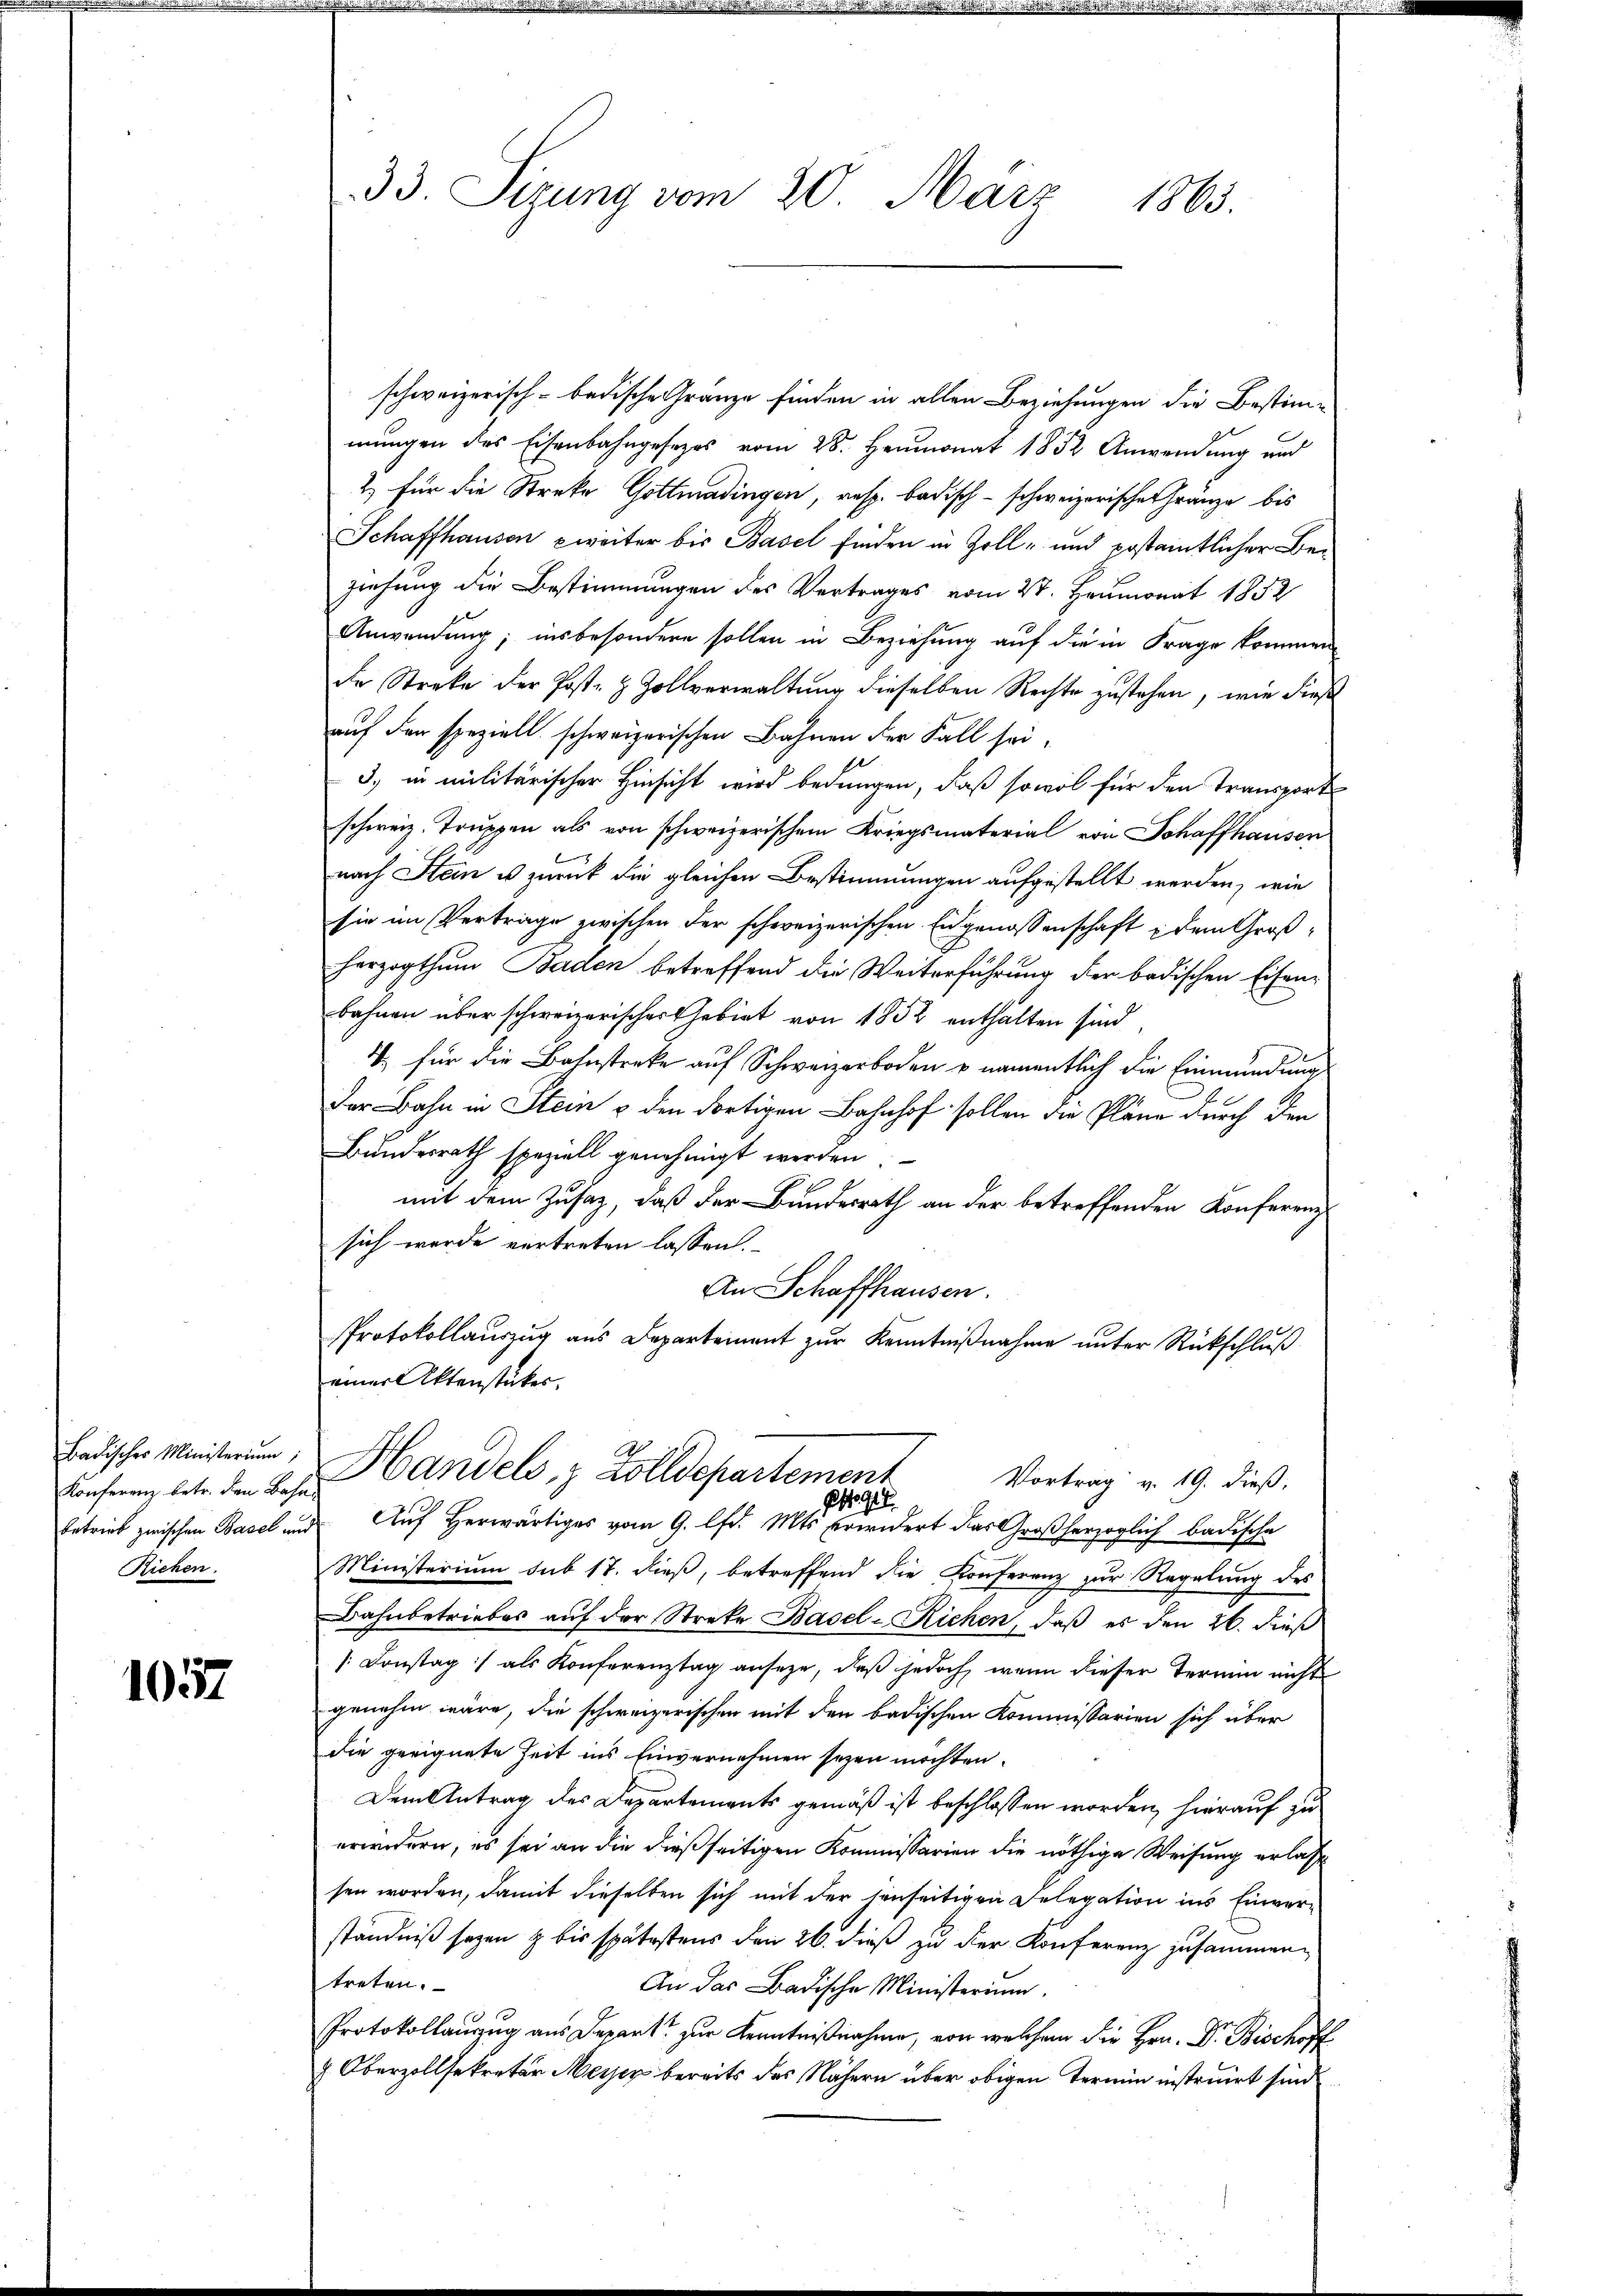
Konferenz betr. den Bahn
Riehen.

1057

33. Sizung vom 20. März 1863.

schweizerisch-badische Gränze finden in allen Beziehungen die Bestimmungen des Eisenbahngesezes vom 28. Heumonat 1852 Anwendung und
2. für die Streke Gottmadingen, resp. badisch-schweizerische Fränze bis
Schaffhausen zweiter bis Basel finden in Zoll- und postamtlicher Beziehung die Bestimmungen des Vertrages vom 2t. Heumonat 1852
Anwendung; insbesondere sollen in Beziehung auf die in Frage kommen
de Streke der Post- & Zollverwaltung dieselben Rechte zustehen, wie dieß
auf den speziell. schweizerischen Bahnen der Fall sei¬
3.) in militärischer Hinsicht wird bedungen, daß so wol für den Transport
schweiz. Truppen als von schweizerischem Kriegsmaterial von Schaffhausen
nach Stein u zurück die gleichen Bestimmungen aufgestellt werden, wie
sie im Verträge zwischen der schweizerischen Eidgenossenschaft dem Großherzogthum Baden betreffend die Weiterführung der badischen Eisen-
bahnen über schweizerischer Gebiet von 1852 enthalten sind,
4, für die Bahnstreke auf Schweizerboden u namentlich die Einmündung
e
7
Der Bahn in Stein & den dortigen Bahnhof sollen die Pläne durch den
Bundesrath speziell genehmigt werden.
mit dem Zusaz, daß der Bundesrath an der betreffenden Konferenzsich wurde vertreten lassen.
An Schaffhausen.
Protokollaŭszŭg aŭs Departement zŭr Kenntniβnahme ŭnter Rückschlŭβ
einer Aktenstückes.
Badischer Ministerum, Handels, z. Zolldepartement
Vortrag v. 19. dieß,
19
betrieb zwischen Basel und Auf herwärtiges vom 9. lfd. Mts. Erwidert das Großherzoglich badische
Ministerium sub 17. dieβ, betreffend die Konferenz zŭr Regelŭng des
Bahnbetriebes auf der Streke Basel-Richen, daß es den 26. dieß
/: Constag / als Konferenztag anseze, daß jedoch, wenn dieser Termin nicht
genehm wäre, die schweizerischen mit den badischen Kommissarien sich über
die geeignete Zeit ins Einvernehmen seyen möchten.
Dem Antrag des Departements gemäß ist beschlossen worden, hierauf zu
erwidern, es sei an die dießseitigen Kommissarien die nöthige Weisung erlasse
sen worden, damit dieselben sich mit der jenseitigen Delegation ins Einver-
ständniß sagen & bis spätestens den 26. dieß zu der Konferenz zusammentreten.
An das Badische Ministerium.
Protokollauszug aus Depart zur Kenntnißnahme, von welchem die Hrn. Dr. Bischoff
& Oberzollsekretär Meiser bereits des Nähern über obigen Termin instruirt sind